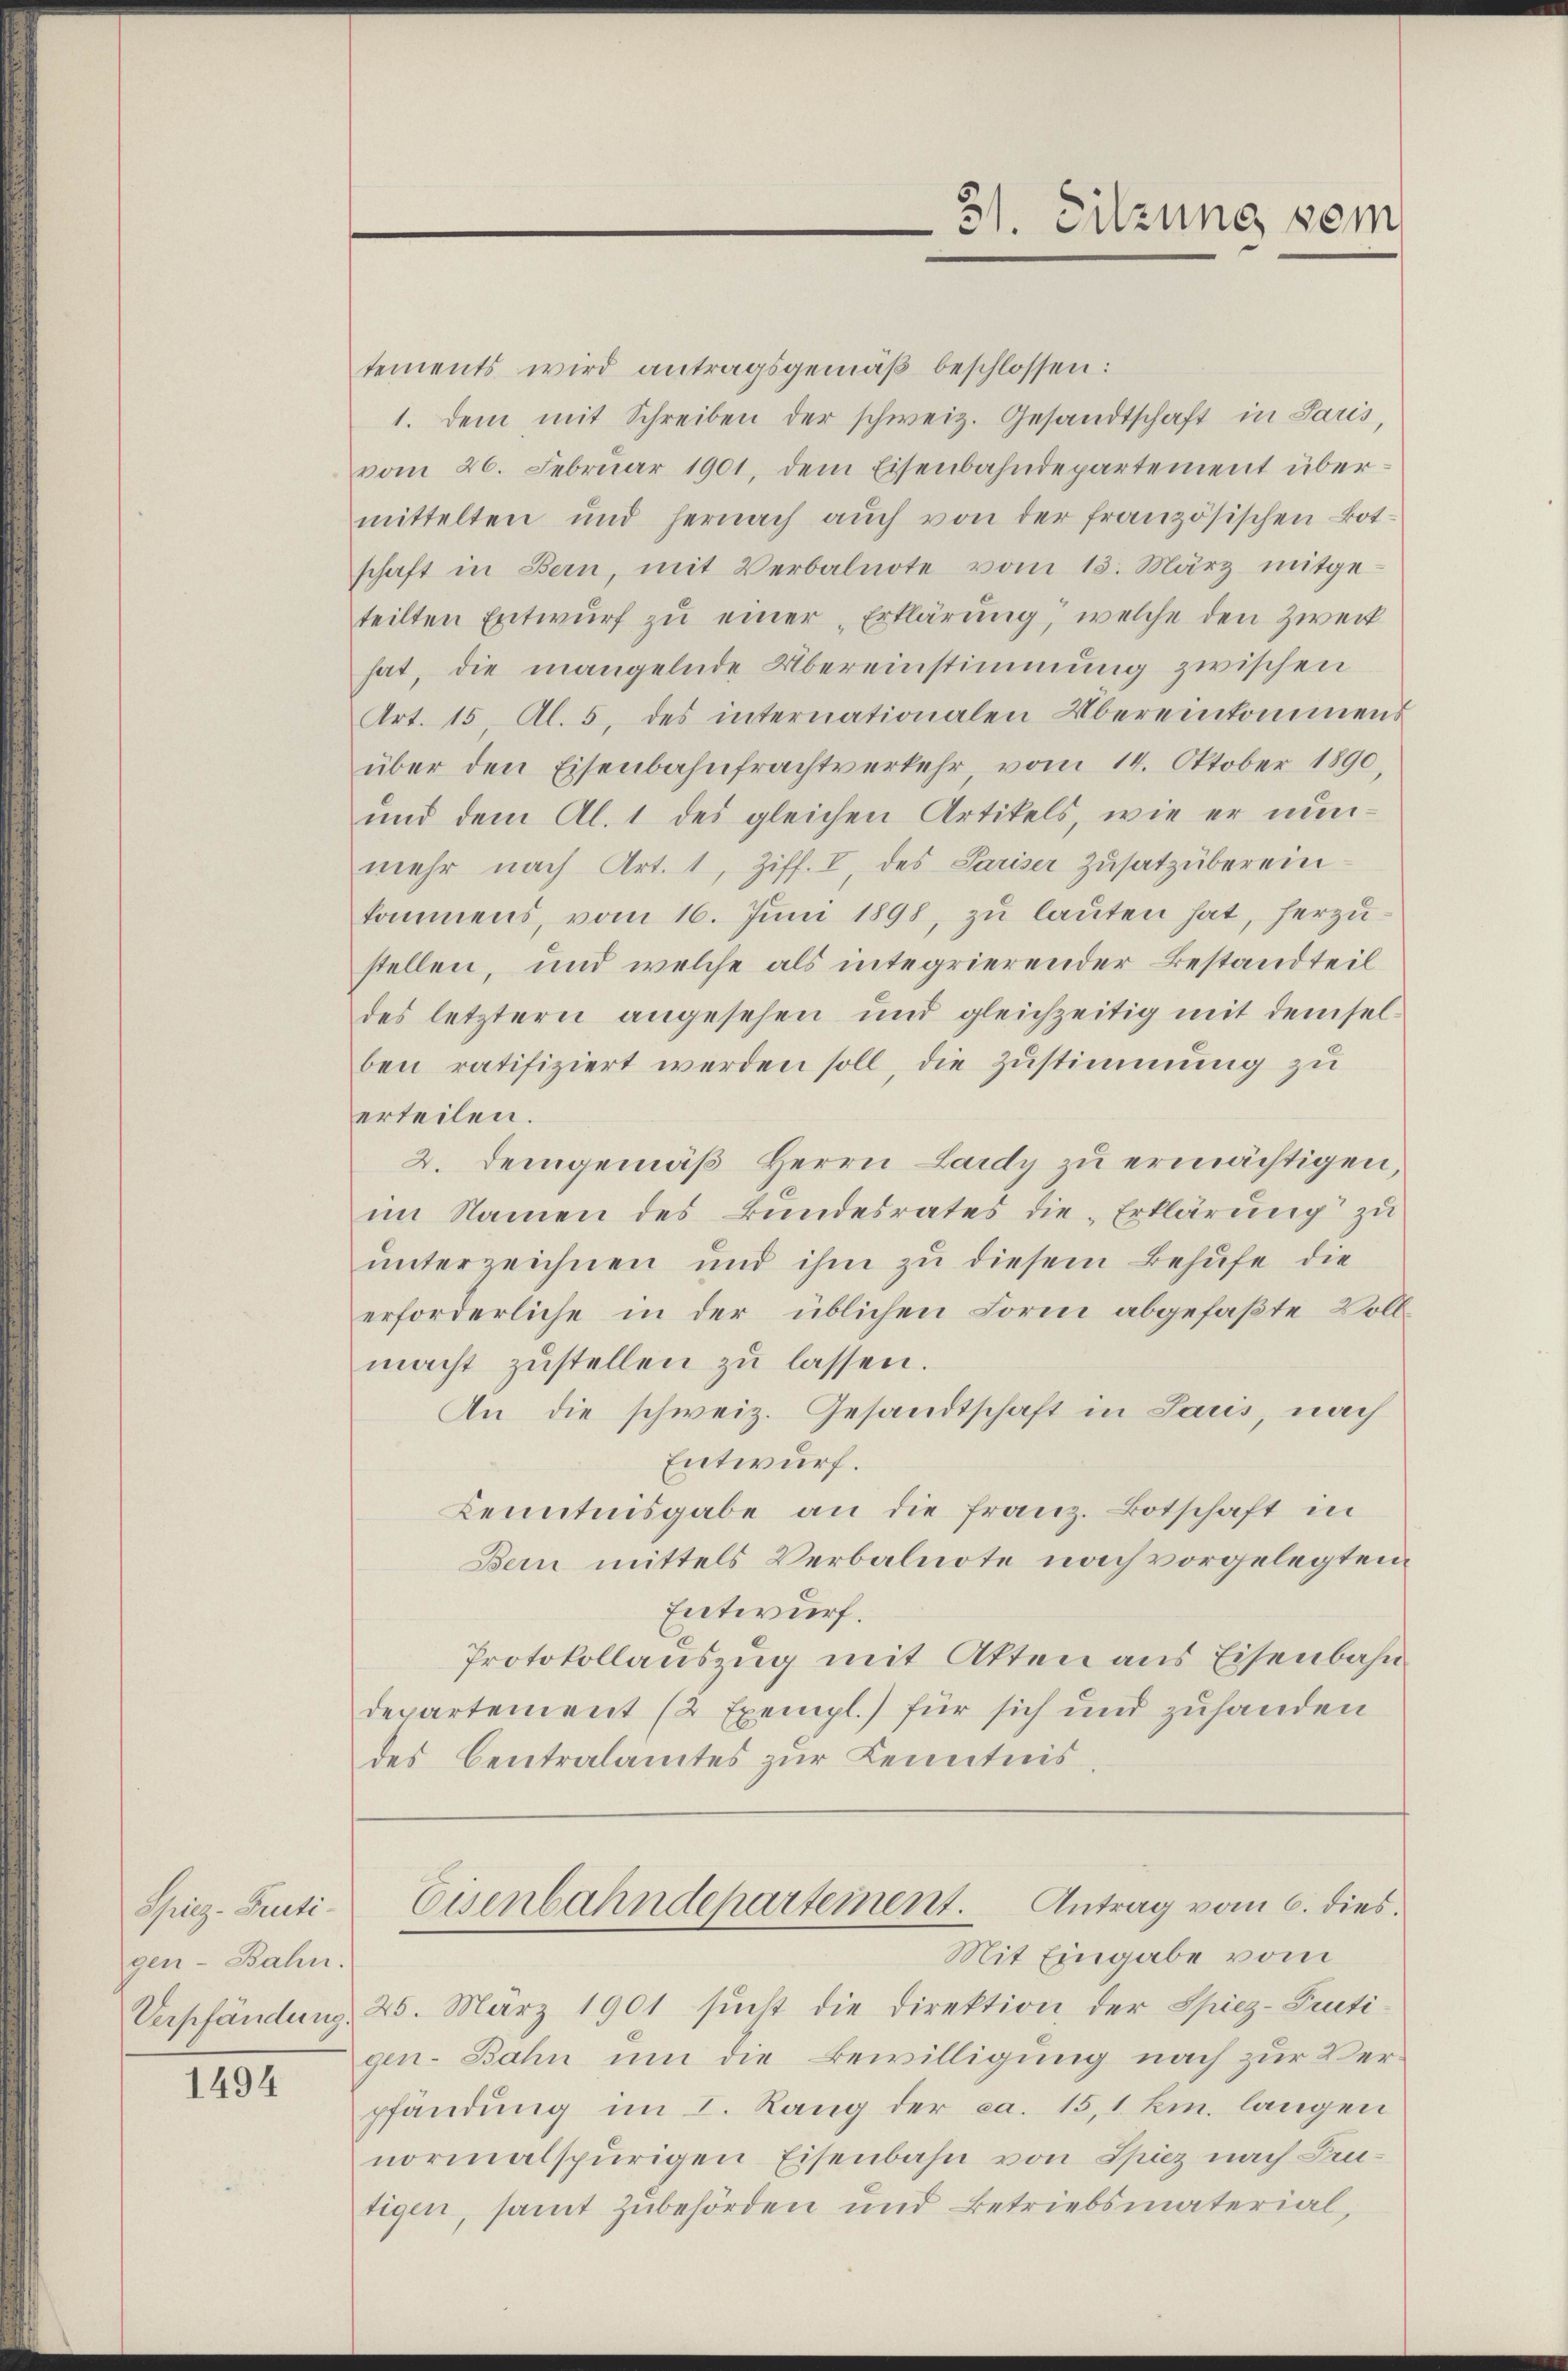
Spiez-Fruti-
gen- Bahn.

1494

tements wird antragsgemäß beschlossen:
1. dem mit Schreiben der schweiz. Gesandtschaft in Paris,
vom 26. Febrŭar 1901, dem Eisenbahndepartement über-
mittelten und hernach aŭch von der französischen Botschaft in Bern, mit Verbalnote vom 13. März mitge-
teilten Entwŭrf zu einer „Erklärung, welche den Zweck
hat, die mangelnde Übereinstimmung zwischen
Art. 15, Al. 5, des internationalen Übereinkommens
über den Eisenbahnfrachtverkehr vom 14. Oktober 1890,
und dem Al. 1 des gleichen Artikels, wie er nunmehr nach Art. 1, Ziff. I, des Pariser Zusatz überein
kommens, vom 16. Juni 1898, zu lauten hat, herzustellen, und welche als integrierender Bestandteil
des letztern angesehen und gleichzeitig mit demselben ratifiziert werden soll, die Zustimmung zu
erteilen.
2. Demgemäβ Herrn Lardy zu ermächtigen,
im Namen des Bundesrates die Erklärŭng zŭ
unterreichnen und ihm zu diesem Behufe die
erforderliche in der üblichen Form abgefaßte Vollmacht zŭstellen zŭ lassen.
An die schweiz. Gesandtschaft in Lauis, nach
Entwurf.
Kenntnisgabe an die franz. Botschaft in
Bern mittels Verbalnote nach vorgelegten
Entwurf.
Protokollauszug mit Akten aus Eisenbahn
departement (2 Exempl.) für sich und zuhanden
des Centralamtes zur Kenntnis.
Eisenbahndepartement. Antrag vom 6. dies
Mit Eingabe vom
Verschändung 25. März 1901 sucht die Direktion der Spiez-Prutigen-Bahn um die Bewilligung nach zur Verpfändung im I. Rang der ca. 15,1 km. langen
normalspurigen Eisenbahn von Spiez nach Leutigen, samt Zubehörden und Betriebsmaterial,

31. Sitzung sei